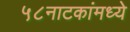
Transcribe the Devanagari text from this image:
५८नाटकांमध्ये